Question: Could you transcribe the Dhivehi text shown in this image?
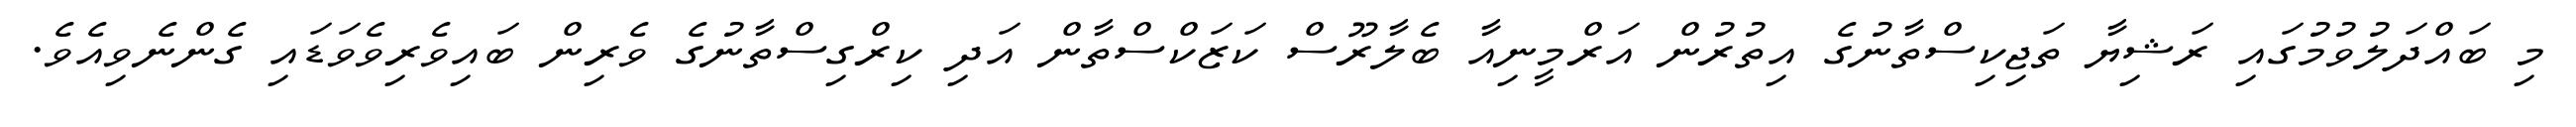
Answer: މި ބައްދަލުވުމުގައި ރަޝިޔާ ތަޖިކިސްތާނުގެ އިތުރުން އަރްމީނިއާ ބެލާރޫސް ކަޒަކްސްތާން އަދި ކިރްގިސްތާނުގެ ވެރިން ބައިވެރިވެވަޑައި ގެންނެވިއެވެ.